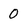
Character: 0